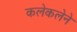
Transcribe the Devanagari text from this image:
कलेकलेने